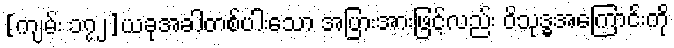
[ကျမ်း ၁၇၂]ယခုအခါတစ်ပါးသော အပြားအားဖြင့်လည်း ဝိသုဒ္ဓအကြောင်းကို